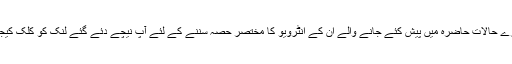
ہمارے حالات حاضرہ میں پیش کئے جانے والے ان کے انٹرویو کا مختصر حصہ سننے کے لئے آپ نیچے دئے گئے لنک کو کلک کیجئے۔